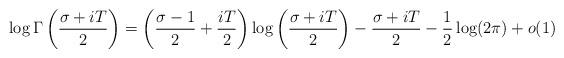
LaTeX: \begin{align*} \log \Gamma\left(\frac{\sigma+iT}{2}\right)=\left(\frac{\sigma-1}{2}+\frac{iT}{2}\right)\log \left(\frac{\sigma+iT}{2}\right)-\frac{\sigma+iT}{2}-\frac{1}{2}\log(2\pi)+o(1) \end{align*}